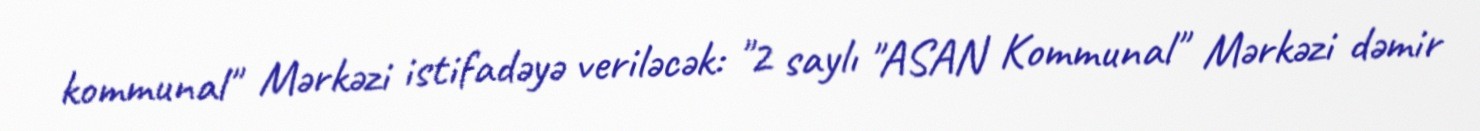
kommunal" Mərkəzi istifadəyə veriləcək: "2 saylı "ASAN Kommunal" Mərkəzi dəmir